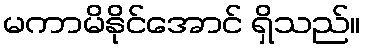
မကာမိနိုင်အောင် ရှိသည်။